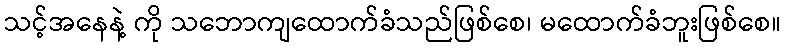
သင့်အနေနဲ့ ကို သဘောကျထောက်ခံသည်ဖြစ်စေ၊ မထောက်ခံဘူးဖြစ်စေ။